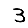
Digit: 3